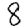
Digit: 8